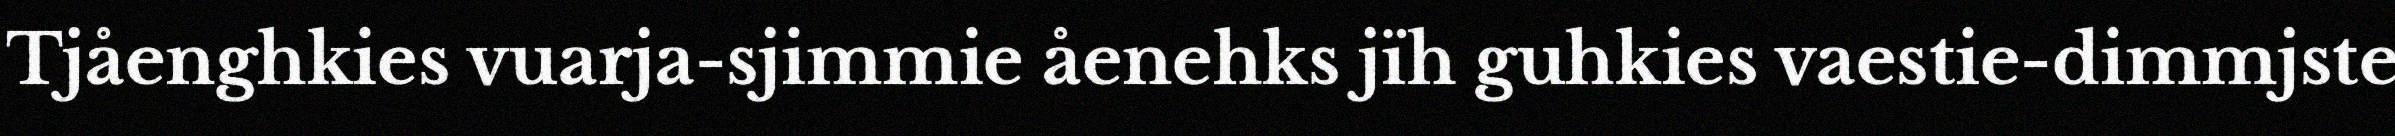
Tjåenghkies vuarja-sjimmie åenehks jïh guhkies vaestie-dimmjste